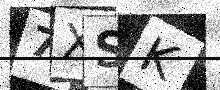
Text: 7XSK